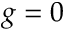
g = 0